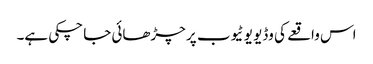
اس واقعے کی وڈیو یو ٹیوب پر چڑھائی جا چکی ہے۔